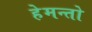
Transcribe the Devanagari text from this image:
हेमन्तो